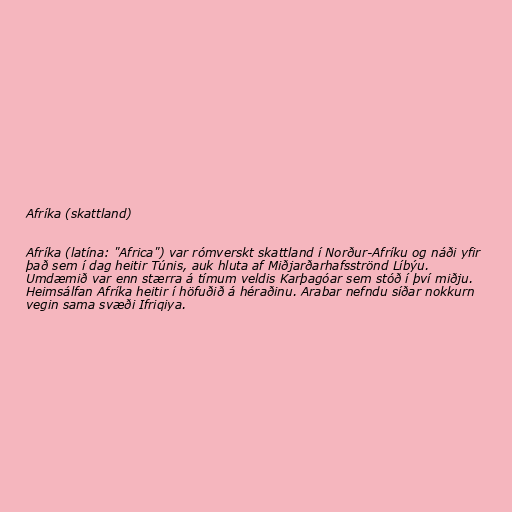
Afríka (skattland)

Afríka (latína: "Africa") var rómverskt skattland í Norður-Afríku og náði yfir
það sem í dag heitir Túnis, auk hluta af Miðjarðarhafsströnd Líbýu.
Umdæmið var enn stærra á tímum veldis Karþagóar sem stóð í því miðju.
Heimsálfan Afríka heitir í höfuðið á héraðinu. Arabar nefndu síðar nokkurn
vegin sama svæði Ifriqiya.